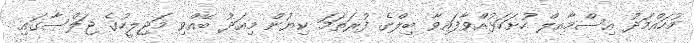
މުހައްމަދު އިސްމާއިލް ހުށަހަޅުއްވާފައިވާ ބިލްގެ ފުރަތަމަ ކިޔުން މިއަދު ބޭއްވި މަޖިލީހުގެ ޖަލްސާގައި